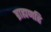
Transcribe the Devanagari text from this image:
ब्राह्मणहि